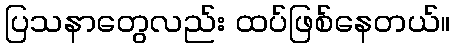
ပြသနာတွေလည်း ထပ်ဖြစ်နေတယ်။